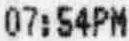
07:54PM